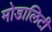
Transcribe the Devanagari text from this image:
मोडालिटी